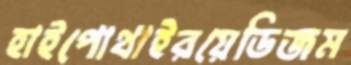
হাইপোথাইরয়েডিজম